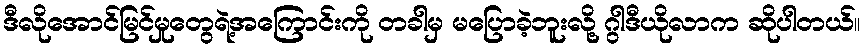
ဒီလိုအောင်မြင်မှုတွေရဲ့အကြောင်းကို တခါမှ မပြောခဲ့ဘူးလို့ ဂွါဒီယိုလာက ဆိုပါတယ်။